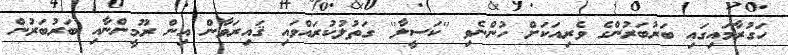
ހަގުރާމައިގައި ބަރުބަރުންގެ ވެރިއަކަށް ހުންނެވި ''ކަސީލާ'' ގަތުލުކުރައްވައި ޤައިރަވާން އިން ރޫމީންނާއި ބަރުބަރުން